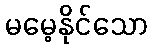
မမေ့နိုင်သော